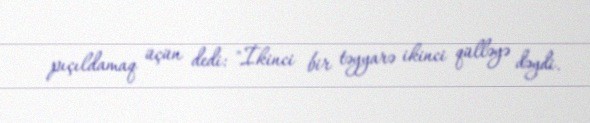
pıçıldamaq üçün dedi: "İkinci bir təyyarə ikinci qülləyə dəydi.